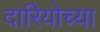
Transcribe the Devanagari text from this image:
दारियोच्या